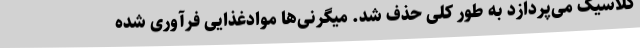
کلاسیک می‌پردازد به طور کلی حذف شد. میگرنی‌ها موادغذایی فرآوری شده